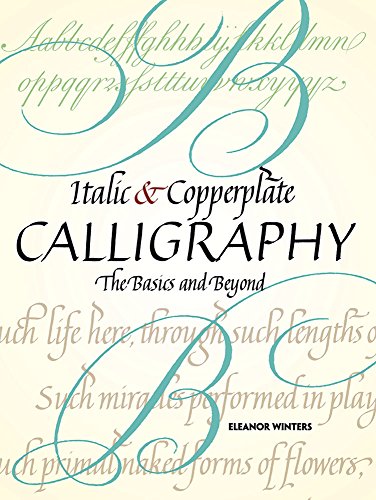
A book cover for Italic and Copperplate Calligraphy: The Basics and Beyond (Lettering, Calligraphy, Typography); Eleanor Winters; Arts & Photography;